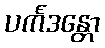
ပင်္ကဒန္တော